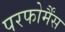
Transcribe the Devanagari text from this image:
परफोर्मैंस